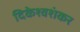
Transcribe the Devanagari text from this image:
दिकेश्वशंकर